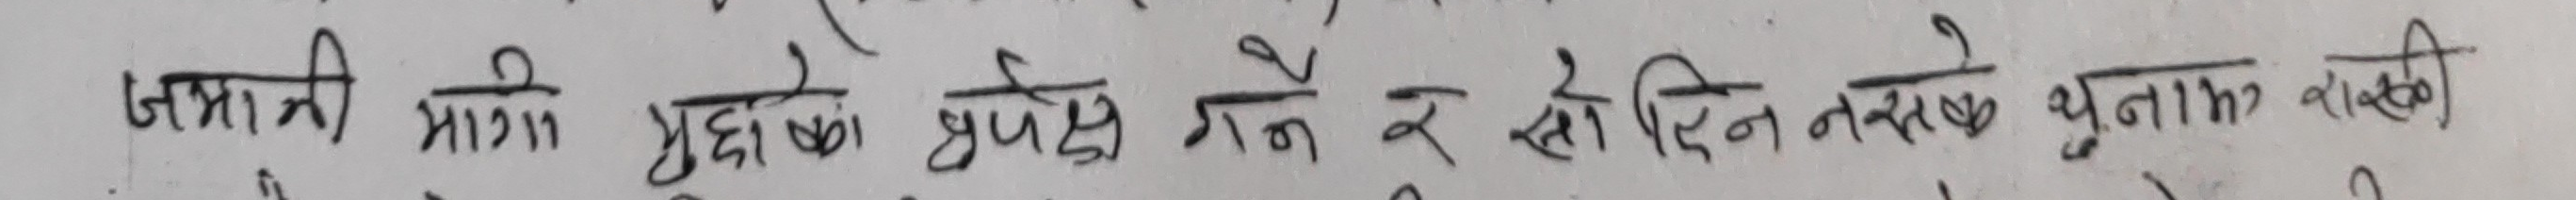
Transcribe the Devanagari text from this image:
जम्मा मागी मुद्धाको छ्यपेछ गर्ने र सोह्र दिन त नसक्ने थुनामा राख्नकी